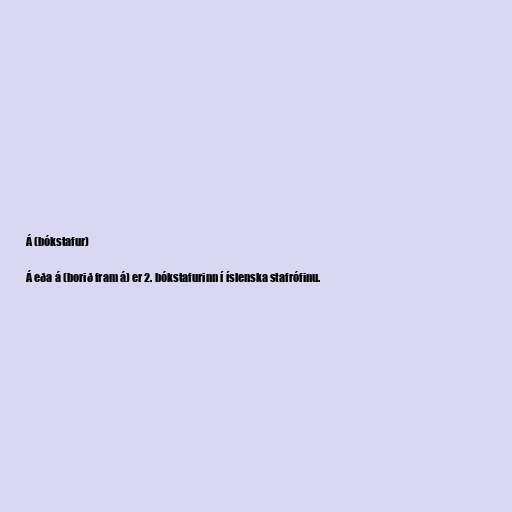
Á (bókstafur)

Á eða á (borið fram á) er 2. bókstafurinn í íslenska stafrófinu.